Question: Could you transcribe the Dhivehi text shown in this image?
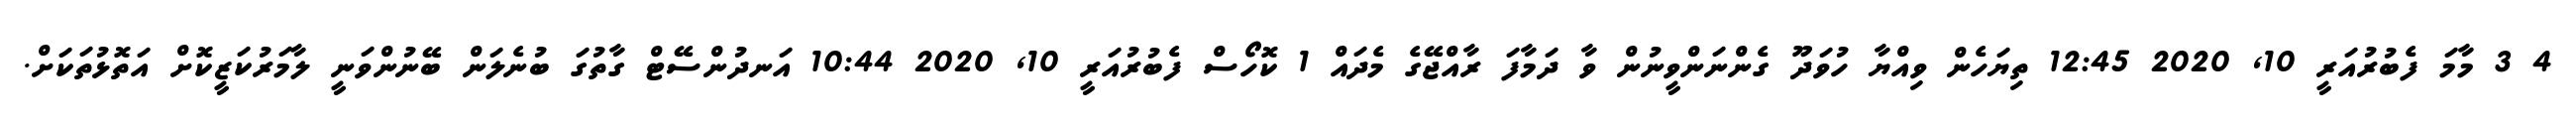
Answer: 4 3 މާމަ ފެބުރުއަރީ 10, 2020 12:45 ތިޔަހެން ވިއްޔާ ހުވަދޫ ގެންނަންވީނުން ވާ ދަމާފަ ރާއްޖޭގެ މެދައް 1 ކޮހޯސް ފެބުރުއަރީ 10, 2020 10:44 އަނދުންސޭޓް ގާތުގަ ބުނެލަން ބޭނުންވަނީ ލާމަރުކަޒީކޮށް އަތޮޅުތަކަށް.